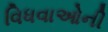
વિધવાઓની